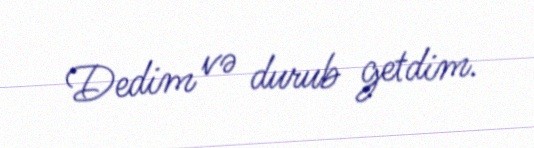
Dedim və durub getdim.